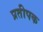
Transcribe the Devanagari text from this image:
प्रतीपक